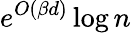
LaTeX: e^{O(\beta d)}\log{n}